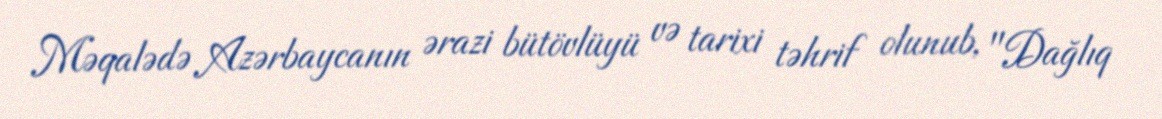
Məqalədə Azərbaycanın ərazi bütövlüyü və tarixi təhrif olunub, "Dağlıq